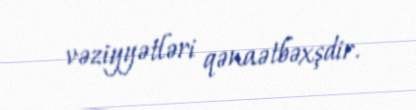
vəziyyətləri qənaətbəxşdir.